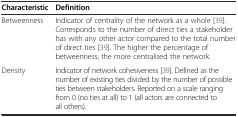
<table><thead><tr><td><b>Characteristic</b></td><td><b>Definition</b></td></tr></thead><tbody><tr><td>Betweenness</td><td>Indicator of centrality of the network as a whole [39]. Corresponds to the number of direct ties a stakeholder has with any other actor compared to the total number of direct ties [39]. The higher the percentage of betweenness, the more centralised the network.</td></tr><tr><td>Density</td><td>Indicator of network cohesiveness [39]. Defined as the number of existing ties divided by the number of possible ties between stakeholders. Reported on a scale ranging from 0 (no ties at all) to 1 (all actors are connected to all others).</td></tr></tbody></table>